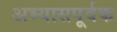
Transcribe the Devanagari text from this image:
अभ्यासपूर्वक